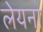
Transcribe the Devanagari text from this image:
लेयना